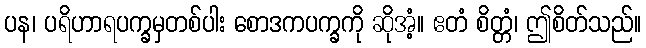
ပန၊ ပရိဟာရပက္ခမှတစ်ပါး စောဒကပက္ခကို ဆိုအံ့။ ဧတံ စိတ္တံ၊ ဤစိတ်သည်။